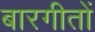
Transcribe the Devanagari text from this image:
बारगीतों